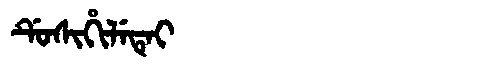
Manchu: ᡩᡠᠰᡳᡥᡳᠯᡝᡨᡝᡳ
Romanization: DUSIHILETEI